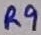
Text: R9